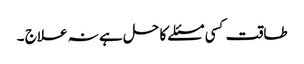
طاقت کسی مسئلے کا حل ہے نہ علاج ۔